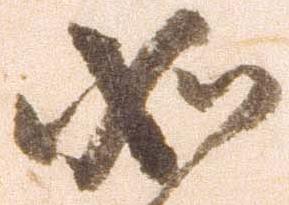
如